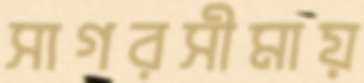
সাগরসীমায়